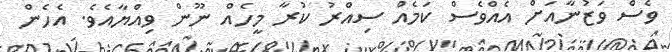
ވެސް ވަޒުނާއަށް އެއްވެސް ކަމެއް ސިއްރު ކުރާ މީހެއް ނޫން ވިއްޔާއެވެ. އެހެން